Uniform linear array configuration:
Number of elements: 16
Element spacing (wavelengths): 0.5
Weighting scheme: kaiser
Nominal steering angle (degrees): -30
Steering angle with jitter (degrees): -31.415
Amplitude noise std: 0.05
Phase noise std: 0.05

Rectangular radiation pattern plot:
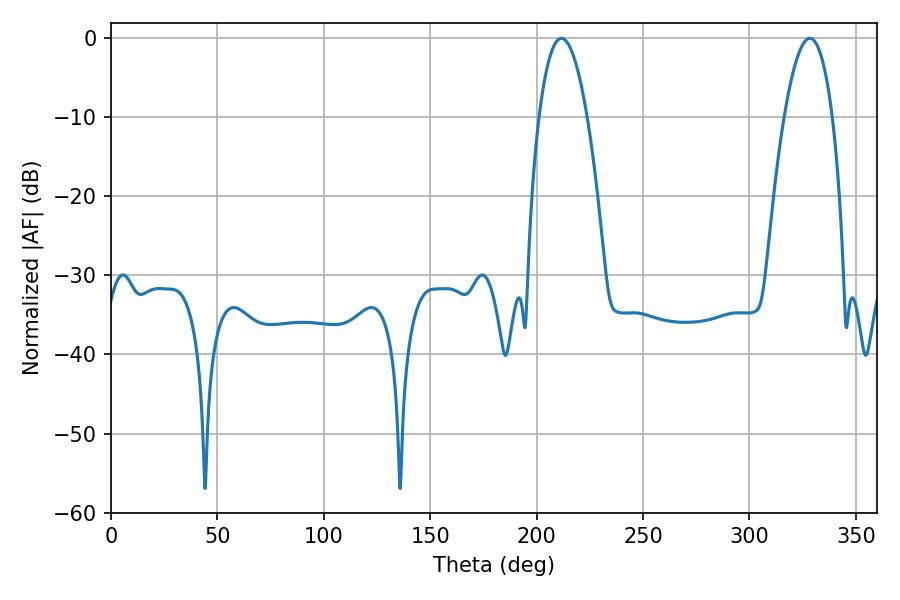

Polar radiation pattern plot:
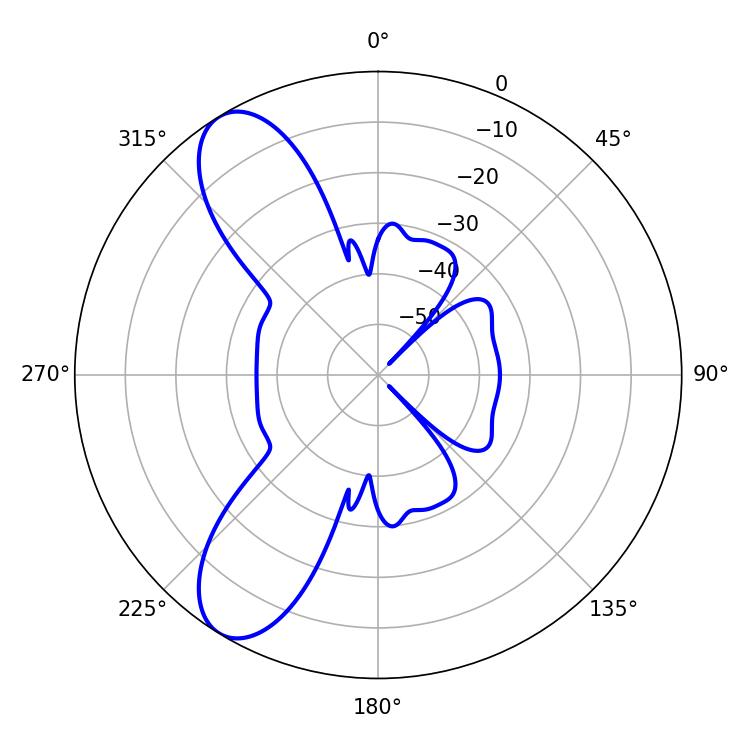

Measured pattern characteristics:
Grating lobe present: FALSE
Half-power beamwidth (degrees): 12.6
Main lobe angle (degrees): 211.68